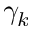
\gamma _ { k }